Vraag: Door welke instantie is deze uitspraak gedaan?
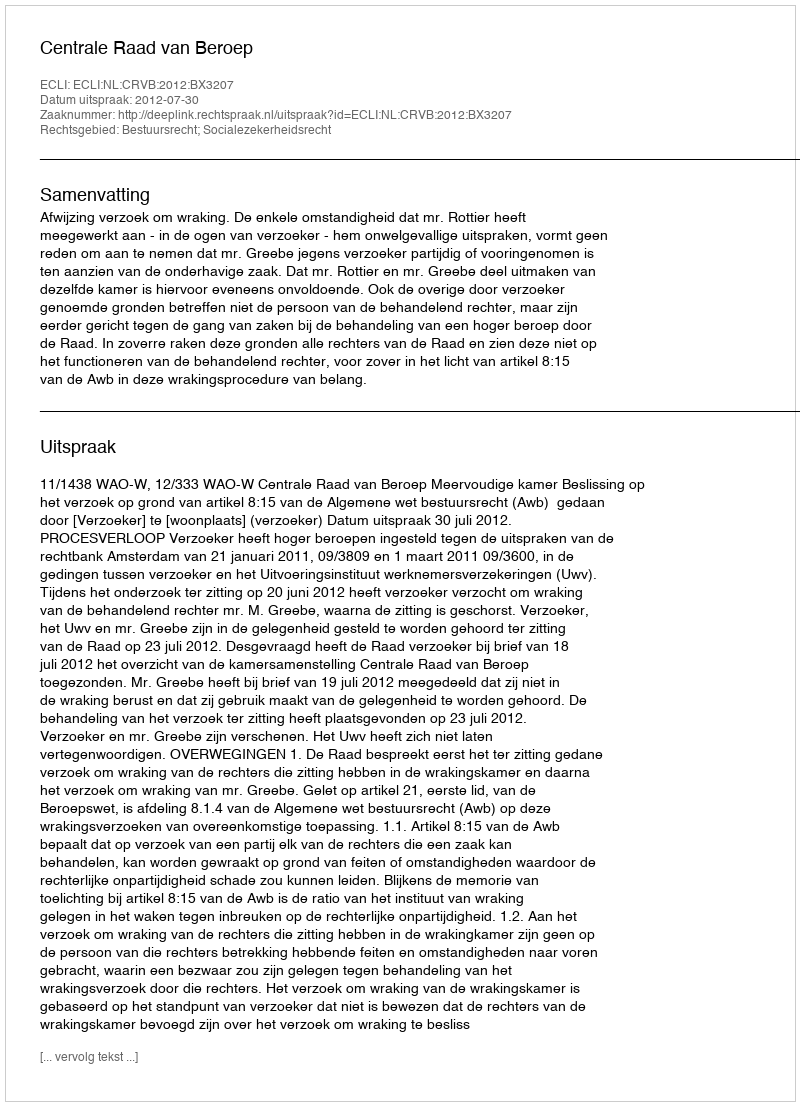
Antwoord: Centrale Raad van Beroep